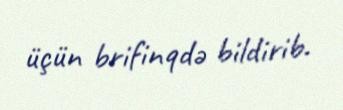
üçün brifinqdə bildirib.